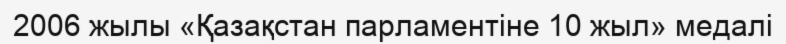
2006 жылы «Қазақстан парламентіне 10 жыл» медалі